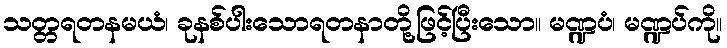
သတ္တရတနမယံ၊ ခုနစ်ပါးသောရတနာတို့ဖြင့်ပြီးသော။ မဏ္ဍပံ၊ မဏ္ဍပ်ကို။